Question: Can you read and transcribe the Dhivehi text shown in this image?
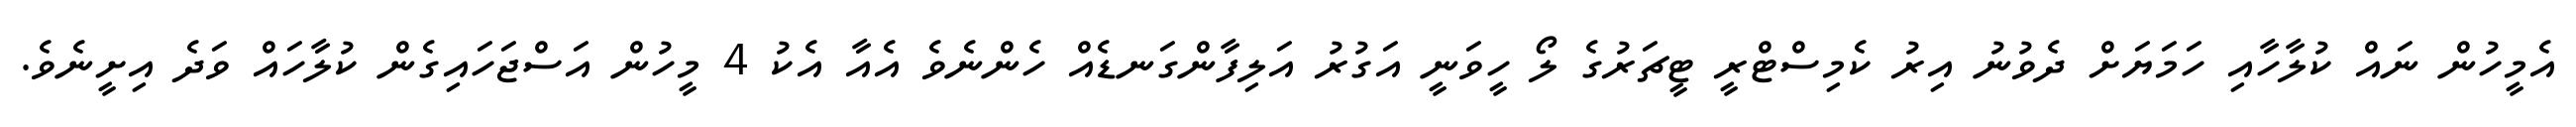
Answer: އެމީހުން ނައް ކުލާހާއި ހަމަޔަށް ދެވުނު އިރު ކެމިސްޓްރީ ޓީޗަރުގެ ލޯ ހީވަނީ އަގުރު އަލިފާންގަނޑެއް ހެންނެވެ އެއާ އެކު 4 މީހުން އަސްޖަހައިގެން ކުލާހައް ވަދެ އިށީނެވެ.